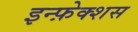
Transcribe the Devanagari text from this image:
इन्फ़ेक्शस